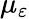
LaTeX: \mu_{\varepsilon}